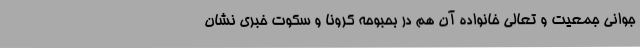
جوانی جمعیت و تعالی خانواده آن هم در بحبوحه کرونا و سکوت خبری نشان